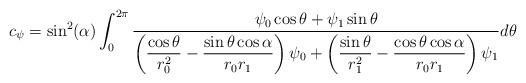
LaTeX: \begin{align*}c_{\psi} = \sin^2(\alpha) \int_0^{2\pi}\frac{\psi_0 \cos \theta + \psi_1 \sin \theta}{\left( \dfrac{\cos \theta}{r_0^2} - \dfrac{\sin \theta \cos \alpha}{r_0r_1}\right) \psi_0 +\left(\dfrac{\sin \theta}{r^2_1} - \dfrac{ \cos \theta \cos \alpha}{r_0r_1}\right) \psi_1}d\theta\end{align*}